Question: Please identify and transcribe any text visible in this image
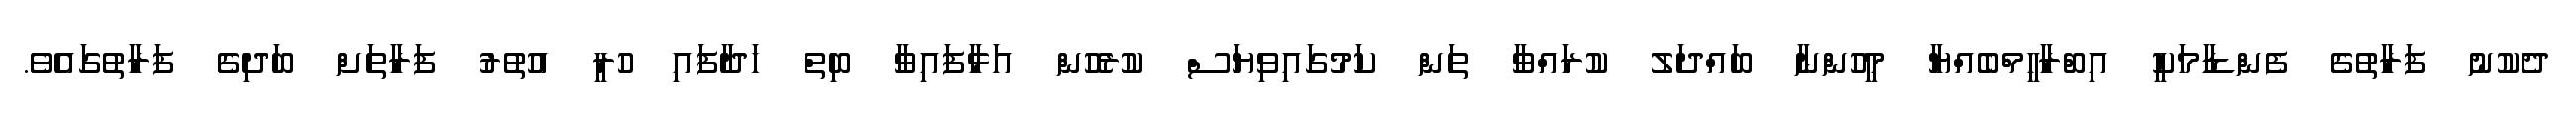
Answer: ދެކުނު ފަރާތުގެ ފެންޑާމަކީ އިބްރާހީމްބެއްޔާ މީހުންނާ ބައްދަލު ކުރައްވާ ތަން ކަމުގައިވިޔަސް ކުރެހުން އަޅާފައިވާ ބިތް ހަދާފައި ހުރީ އުތުރު ފަރާތަށް ބަދިގެ ފަރާތުގައެވެ.